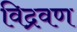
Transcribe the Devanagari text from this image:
विद्रवण